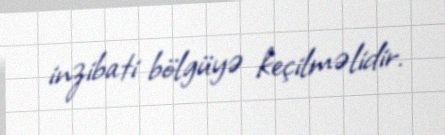
inzibati bölgüyə keçilməlidir.